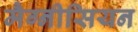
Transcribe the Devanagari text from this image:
मैग्नीसियन